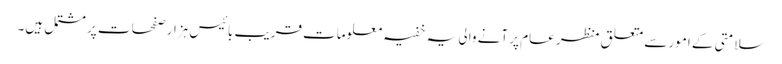
سلامتی کے امور سے متعلق منظر عام پر آنے والی یہ خفیہ معلومات قریب بائیس ہزار صفحات پر مشتمل ہیں۔